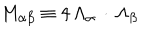
M _ { \alpha \beta } \equiv 4 \, \Lambda _ { \alpha } \, \cdot \, \Lambda _ { \beta }